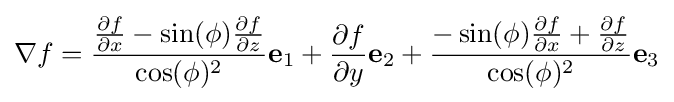
\nabla f={\frac {{\frac {\partial f}{\partial x}}-\sin(\phi ){\frac {\partial f}{\partial z}}}{\cos(\phi )^{2}}}\mathbf {e} _{1}+{\frac {\partial f}{\partial y}}\mathbf {e} _{2}+{\frac {-\sin(\phi ){\frac {\partial f}{\partial x}}+{\frac {\partial f}{\partial z}}}{\cos(\phi )^{2}}}\mathbf {e} _{3}